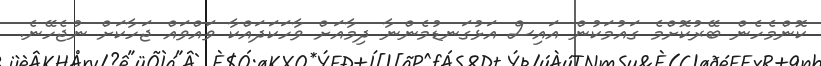
ކޮންމެހެން ބޭރުކޮށްމެ ގައުމަކުން އައިސް އަޅުގަނޑުމެންނާ ދިމާއަށް ވާހަކަދައްކާ ވައްވައް ޖަހާކަށް ނުޖެހޭނެ.